Trukikaitis_Postimees, lk 38
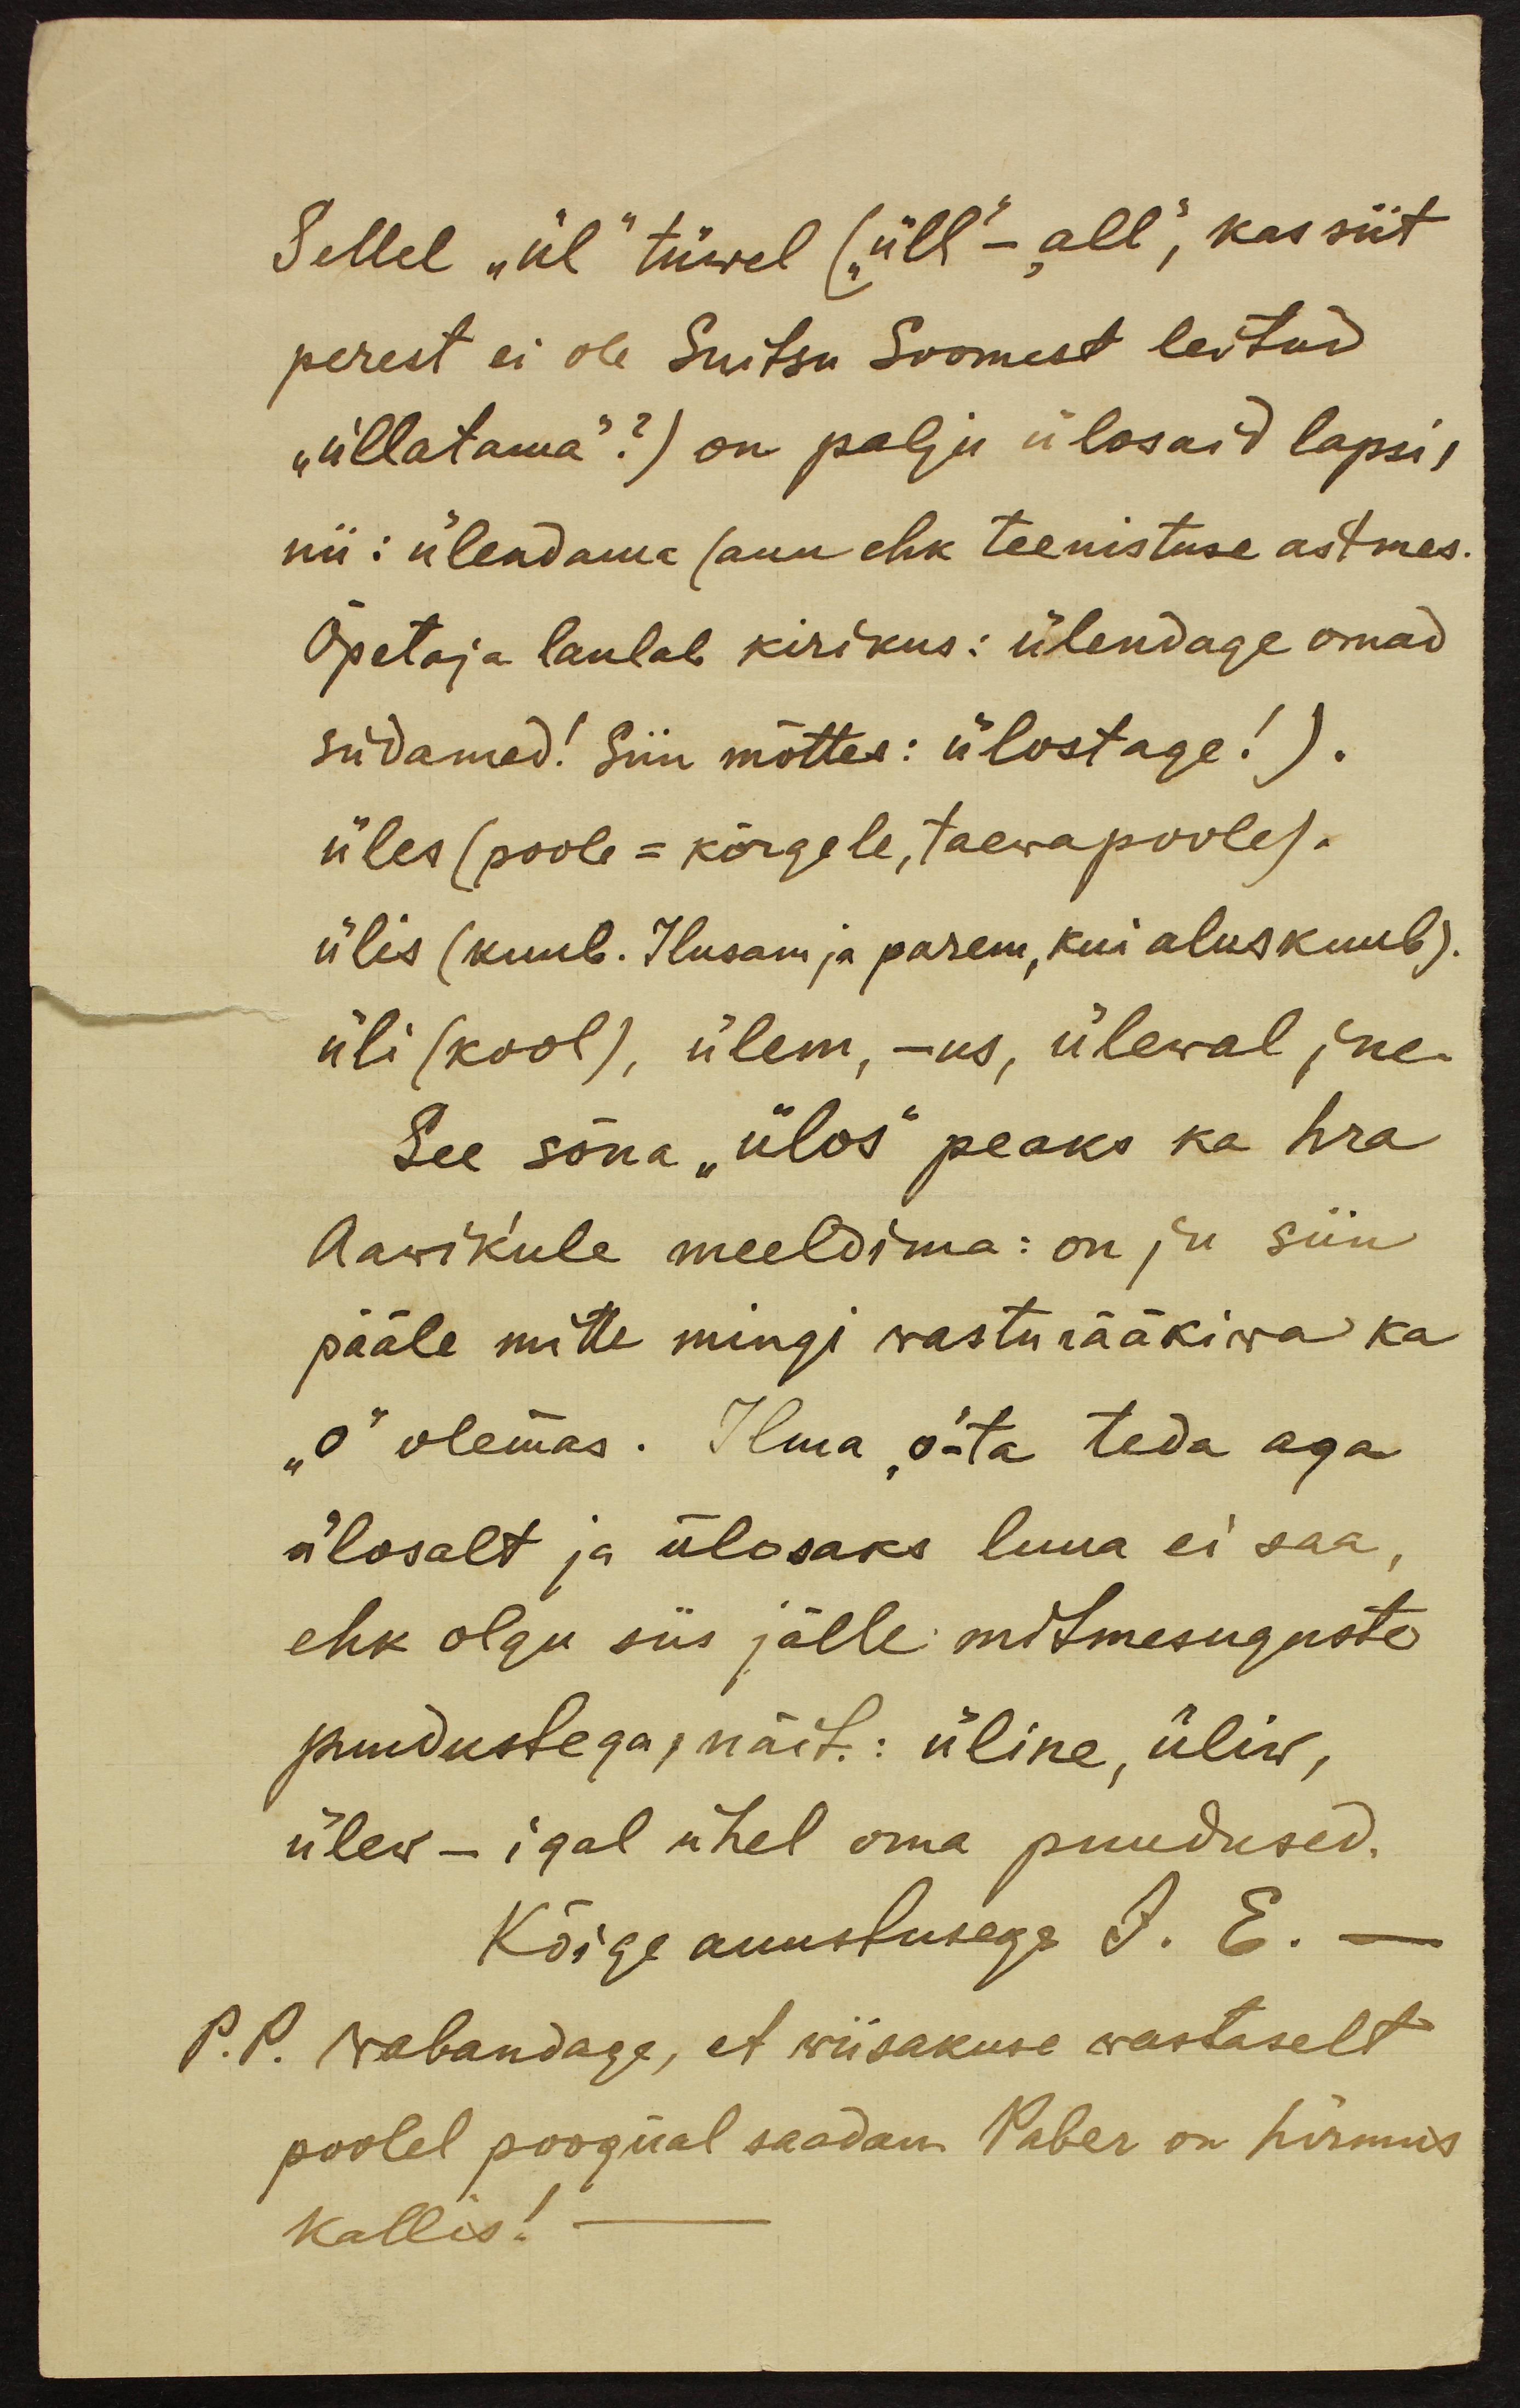
Sellel "ül" tüwel (üll - all", kas siit
perest ei ole Suitsu Soomest leitud
"üllatama"?) on palju ülosaid lapsi,
nii: ülendama (auu ehk teenistuse astmes.
Õpetaja laulab kirikus: ülendage omad
südamed! Siin mõttes: ülostage!).
üles (poole = kõrgele, taewapoole).
ülis (kuub. Ilusam ja parem, kui alus kuub).
üli (kool), ülem, -us, ülewal jne.
See sõna "ülos" peaks ka hra
Aawikule meeldima: on ju siin
pääle mitte mingi wasturääkiwa ka
"o" olemas. Ilma "o"-ta teda aga
ülosalt ja ülosaks luua ei saa,
ehk olgu siis jälle mitmesuguste
puudustega, näit.: üline, üliw,
ülew - igal ühel oma puudused.
Kõige auustusega J. E.
P. P. wabandage, et wiisakuse wastaselt
poolel poognal saadan. Paber on hirmus
kallis!